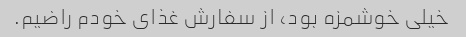
خیلی خوشمزه بود، از سفارش غذای خودم راضیم.